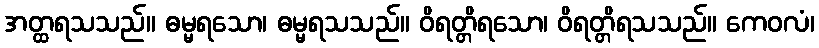
အတ္ထရသသည်။ ဓမ္မရသော၊ ဓမ္မရသသည်။ ဝိရတ္တိရသော၊ ဝိရတ္တိရသသည်။ ကေဝလံ၊